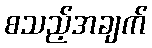
စသည့်အချက်